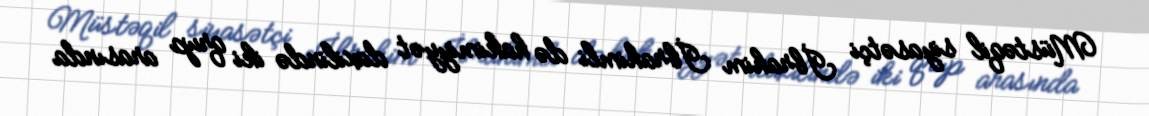
Müstəqil siyasətçi İbrahim İbrahimli də hakimiyyət daxilində iki qrup arasında